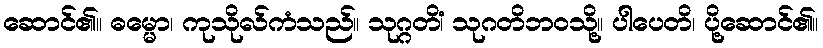
ဆောင်၏။ ဓမ္မော၊ ကုသိုလ်ကံသည်။ သုဂ္ဂတိံ၊ သုဂတိဘဝသို့။ ပါပေတိ၊ ပို့ဆောင်၏။